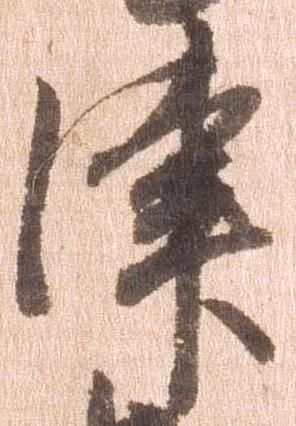
津